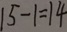
1 5 - 1 = 1 4